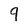
Character: 9